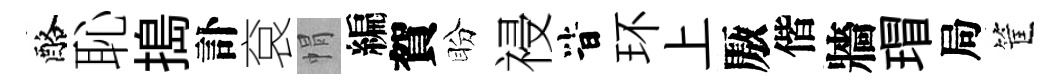
酪恥搗訃袞㡌編賀盼祲𣅜环上厫偕牆瑁局筐